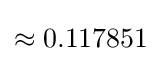
\approx 0.117851